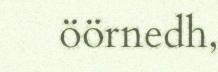
öörnedh,